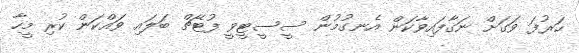
ހަރުފަ ވަގަށް ނަގާފައިވާކަން އެނގުމުން ސީސީޓީވީ ފުޓޭޗް ބަލައި ވައްކަން ކުރި މީހާ